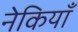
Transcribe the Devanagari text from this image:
नेकियाँ